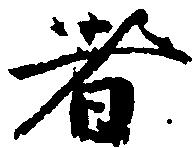
者